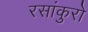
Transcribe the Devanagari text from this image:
रसांकुरों